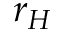
r _ { H }